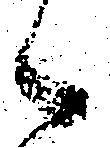
候